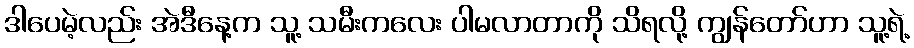
ဒါပေမဲ့လည်း အဲဒီနေ့က သူ့ သမီးကလေး ပါမလာတာကို သိရလို့ ကျွန်တော်ဟာ သူ့ရဲ့